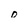
Character: 0